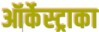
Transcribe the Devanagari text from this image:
ऑर्केस्ट्राका